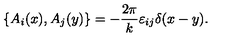
\{ A _ { i } ( x ) , A _ { j } ( y ) \} = - \frac { 2 \pi } { k } \varepsilon _ { i j } \delta ( x - y ) .